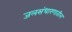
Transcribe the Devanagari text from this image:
जलसंधारणातील